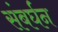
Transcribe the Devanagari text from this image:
संबर्घन